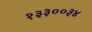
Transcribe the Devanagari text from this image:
१३३००३४